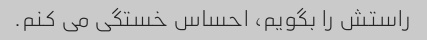
راستش را بگویم، احساس خستگی می کنم.